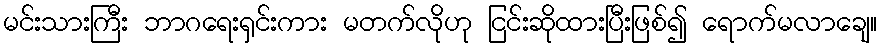
မင်းသားကြီး ဘာဂရေးရှင်းကား မတက်လိုဟု ငြင်းဆိုထားပြီးဖြစ်၍ ရောက်မလာချေ။